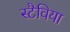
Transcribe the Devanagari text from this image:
स्टैविया